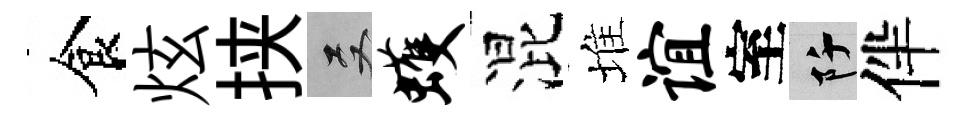
食炫挟双蠖混堆谊室阡伴